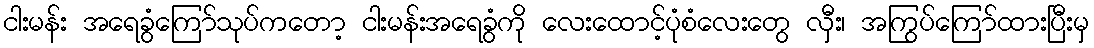
ငါးမန်း အရေခွံကြော်သုပ်ကတော့ ငါးမန်းအရေခွံကို လေးထောင့်ပုံစံလေးတွေ လှီး၊ အကြွပ်ကြော်ထားပြီးမှ